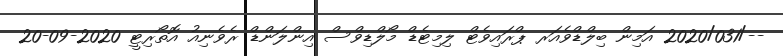
--/2020/031 އަމިން ބިލްޑްވެއަރ ޕްރައިވެޓް ލިމިޓެޑް މޯލްޑިވްސް އިންލަންޑް ރެވެނިއު އޮތޯރިޓީ 2020-09-20